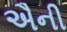
ઐની